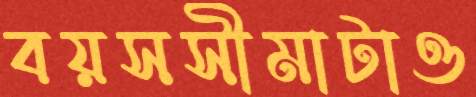
বয়সসীমাটাও